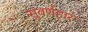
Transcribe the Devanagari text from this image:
सुवर्णहार